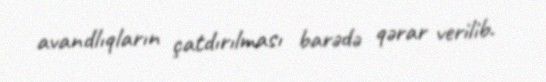
avandlıqların çatdırılması barədə qərar verilib.